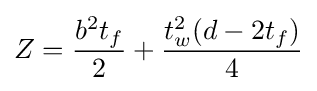
Z={\frac {b^{2}t_{f}}{2}}+{\frac {t_{w}^{2}(d-2t_{f})}{4}}